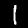
Digit: 1